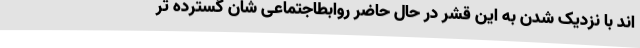
اند با نزدیک شدن به این قشر در حال حاضر روابطاجتماعی شان گسترده تر